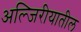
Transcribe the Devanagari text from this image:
अल्जिरीयातील